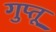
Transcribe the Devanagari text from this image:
गुप्तू